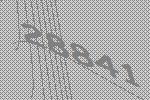
28841